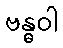
ဗန္ဓဝါ